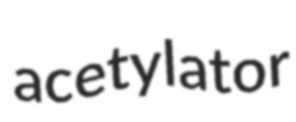
acetylator